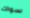
سواك